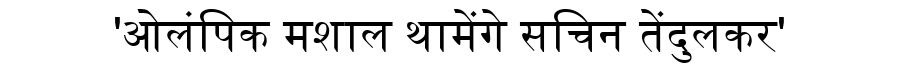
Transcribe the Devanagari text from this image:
'ओलंपिक मशाल थामेंगे सचिन तेंदुलकर'